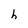
Character: h